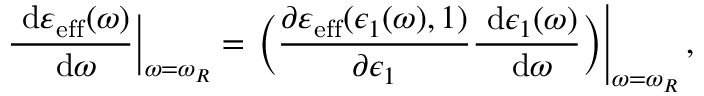
\frac { \ \mathrm { d } \varepsilon _ { \mathrm { e f f } } ( \omega ) } { \ \mathrm { d } \omega } \Big \vert _ { \omega = \omega _ { R } } = \left. \bigg ( \frac { \partial \varepsilon _ { \mathrm { e f f } } ( \epsilon _ { 1 } ( \omega ) , 1 ) } { \partial \epsilon _ { 1 } } \frac { \ \mathrm { d } \epsilon _ { 1 } ( \omega ) } { \ \mathrm { d } \omega } \bigg ) \right\vert _ { \omega = \omega _ { R } } ,